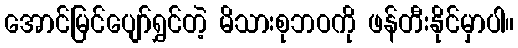
အောင်မြင်ပျော်ရွှင်တဲ့ မိသားစုဘဝကို ဖန်တီးနိုင်မှာပါ။